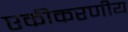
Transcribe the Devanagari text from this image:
एकीकरणीय